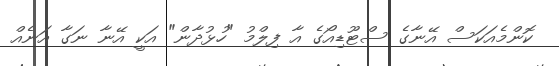
ކޮންމެއަކަސް އޭނާގެ ސްޓޫޑިއޯގެ އާ ފިލްމު "ހުޅުދާން" އަކީ އޭނާ ނަގާ އަނެއް